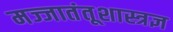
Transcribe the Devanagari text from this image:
मज्जातंतूशास्त्रज्ञ